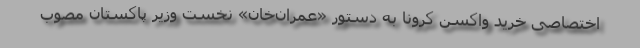
اختصاصی خرید واکسن کرونا به دستور «عمران‌خان» نخست وزیر پاکستان مصوب